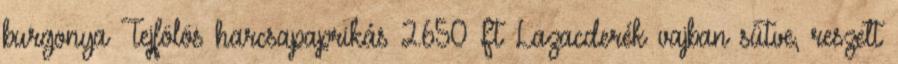
burgonya Tejfölös harcsapaprikás 2.650 Ft Lazacderék vajban sütve, reszelt